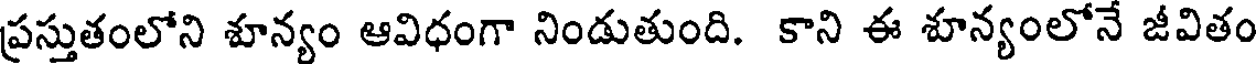
ప్రస్తుతంలోని శూన్యం ఆవిధంగా నిండుతుంది. కాని ఈ శూన్యంలోనే జీవితం